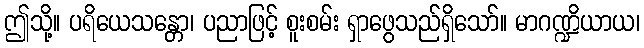
ဤသို့။ ပရိယေသန္တော၊ ပညာဖြင့် စူးစမ်း ရှာဖွေသည်ရှိသော်။ မာဂဏ္ဍိယာယ၊